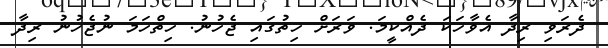
ދެރަވި ރިދާ އެވާހަކަ ދެއްކީމަ. ވަރަށް ހިތުގައި ޖެހުނު. ހިތްހަމަ ނުޖެހުނު ރިދާ